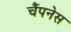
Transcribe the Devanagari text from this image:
चैंपनेस